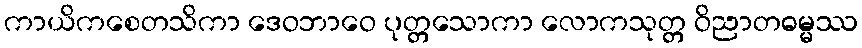
ကာယိကစေတသိကာ ဒေဝဘာဝေ ပုတ္တသောကာ လောကသုတ္တ ဝိညာတဓမ္မဿ